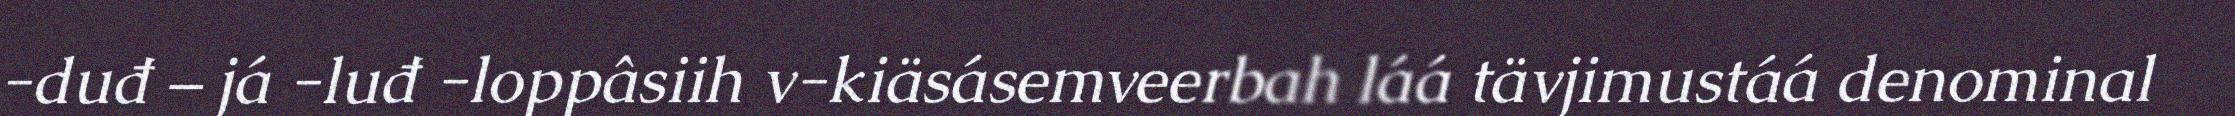
-duđ – já -luđ -loppâsiih v-kiäsásemveerbah láá tävjimustáá denominal